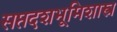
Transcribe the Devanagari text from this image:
सप्तदशभूमिशास्त्र